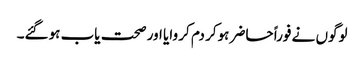
لوگوں نے فوراً حاضر ہوکر دم کر وایا اور صحت یاب ہوگئے۔